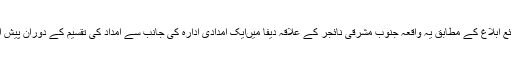
ذرائع ابلاغ کے مطابق یہ واقعہ جنوب مشرقی نائجر کے علاقہ دیفا میںایک امدادی ادارہ کی جانب سے امداد کی تقسیم کے دوران پیش آیا ۔